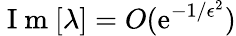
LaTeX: \mathrm{~I~m~}[\lambda]=O(\mathrm{e}^{-1/\epsilon^{2}})